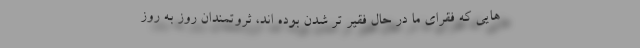
هایی که فقرای ما در حال فقیر تر شدن بوده اند، ثروتمندان روز به روز